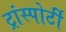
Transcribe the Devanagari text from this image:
ट्रांस्पोर्टी